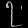
Digit: ၇